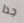
جدا